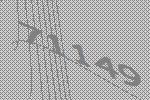
71149